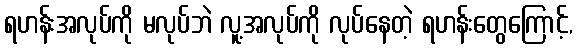
ရဟန်းအလုပ်ကို မလုပ်ဘဲ လူ့အလုပ်ကို လုပ်နေတဲ့ ရဟန်းတွေကြောင့်,